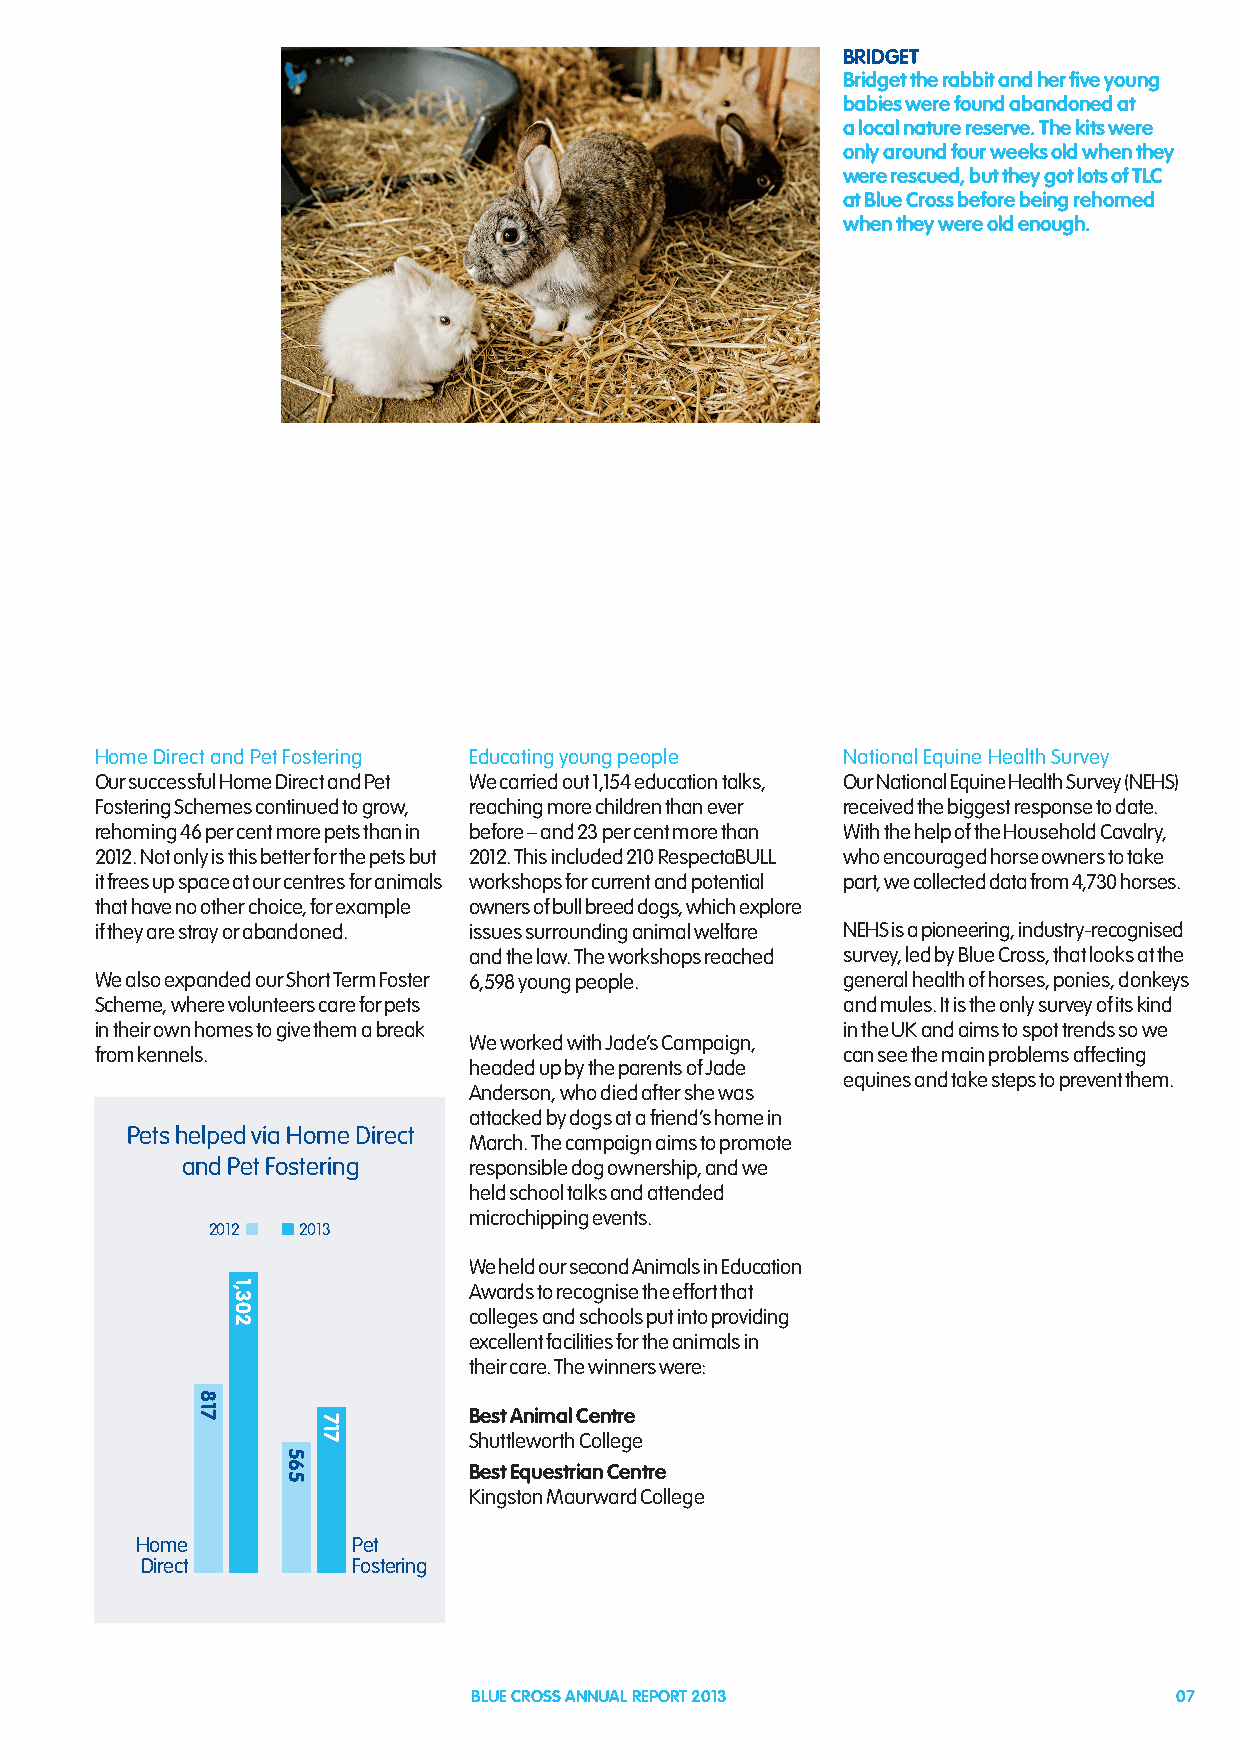
BRIDGET
 Bridget the rabbit and her five young
 babies were found abandoned at
 a local nature reserve. The kits were
 only around four weeks old when they
 were rescued, but they got lots of TLC
 at Blue Cross before being rehomed
 when they were old enough.
 Home Direct and Pet Fostering Educating young people National Equine Health Survey
 Our successful Home Direct and Pet We carried out 1,154 education talks, Our National Equine Health Survey (NEHS)
 Fostering Schemes continued to grow, reaching more children than ever received the biggest response to date.
 rehoming 46 per cent more pets than in before – and 23 per cent more than With the help of the Household Cavalry,
 2012. Not only is this better for the pets but 2012. This included 210 RespectaBULL who encouraged horse owners to take
 it frees up space at our centres for animals workshops for current and potential part, we collected data from 4,730 horses.
 that have no other choice, for example owners of bull breed dogs, which explore
 if they are stray or abandoned. issues surrounding animal welfare NEHS is a pioneering, industry-recognised
 and the law. The workshops reached survey, led by Blue Cross, that looks at the
 We also expanded our Short Term Foster 6,598 young people. general health of horses, ponies, donkeys
 Scheme, where volunteers care for pets            and mules. It is the only survey of its kind
 in their own homes to give them a break           in the UK and aims to spot trends so we
 We worked with Jade’s Campaign,
 from kennels.                                     can see the main problems affecting
 headed up by the parents of Jade
 equines and take steps to prevent them.
 Anderson, who died after she was
 attacked by dogs at a friend’s home in
 Pets helped via Home Direct
 March. The campaign aims to promote
 and Pet Fostering  responsible dog ownership, and we
 held school talks and attended
 microchipping events.
 2012  2013
 We held our second Animals in Education
 Awards to recognise the effort that
 colleges and schools put into providing
 excellent facilities for the animals in
 their care. The winners were:
 Best Animal Centre
 Shuttleworth College
 Best Equestrian Centre
 Kingston Maurward College
 Home          Pet
 Direct        Fostering
 BLUE CROSS ANNUAL REPORT 2013                  07
 817
 1,302
 565
 717